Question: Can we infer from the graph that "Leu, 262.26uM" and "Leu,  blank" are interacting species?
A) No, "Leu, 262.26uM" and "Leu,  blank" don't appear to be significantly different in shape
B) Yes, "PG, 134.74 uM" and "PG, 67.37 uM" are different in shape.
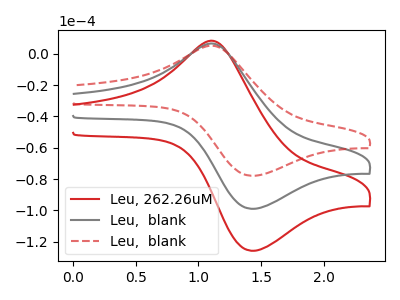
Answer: <think>The red curve "Leu, 262.26uM" has an anodic peak at (1.15V, 12.50uA) and a cathodic peak at (1.40V, -197.85uA). The gray curve "Leu,  blank" has an anodic peak at (1.15V, 6.25uA) and a cathodic peak at (1.40V, -98.90uA). The red dashed curve "Leu,  blank" has an anodic peak at (1.15V, 4.90uA) and a cathodic peak at (1.40V, -77.85uA).
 All the peaks in "Leu, 262.26uM" have a peak in "Leu,  blank" at the same potential. Every peak in "Leu, 262.26uM" is higher than every peak in "Leu,  blank".</think>
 <answer>A) No, "Leu, 262.26uM" and "Leu,  blank" don't appear to be significantly different in shape</answer>
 <eval>A</eval>